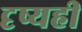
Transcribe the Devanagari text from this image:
दृष्यही